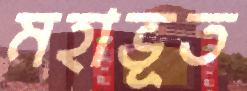
মহাভূত